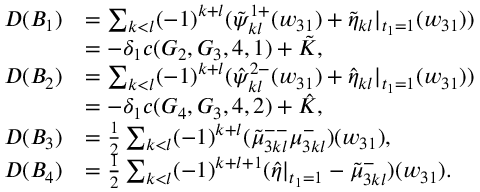
\begin{array} { r l } { D ( B _ { 1 } ) } & { = \sum _ { k < l } ( - 1 ) ^ { k + l } ( \tilde { \psi } _ { k l } ^ { 1 + } ( w _ { 3 1 } ) + \tilde { \eta } _ { k l } | _ { t _ { 1 } = 1 } ( w _ { 3 1 } ) ) } \\ & { = - \delta _ { 1 } c ( G _ { 2 } , G _ { 3 } , 4 , 1 ) + \tilde { K } , } \\ { D ( B _ { 2 } ) } & { = \sum _ { k < l } ( - 1 ) ^ { k + l } ( \hat { \psi } _ { k l } ^ { 2 - } ( w _ { 3 1 } ) + \hat { \eta } _ { k l } | _ { t _ { 1 } = 1 } ( w _ { 3 1 } ) ) } \\ & { = - \delta _ { 1 } c ( G _ { 4 } , G _ { 3 } , 4 , 2 ) + \hat { K } , } \\ { D ( B _ { 3 } ) } & { = \frac { 1 } { 2 } \sum _ { k < l } ( - 1 ) ^ { k + l } ( \tilde { \mu } _ { 3 k l } ^ { -- } \mu _ { 3 k l } ^ { - } ) ( w _ { 3 1 } ) , } \\ { D ( B _ { 4 } ) } & { = \frac { 1 } { 2 } \sum _ { k < l } ( - 1 ) ^ { k + l + 1 } ( \hat { \eta } | _ { t _ { 1 } = 1 } - \tilde { \mu } _ { 3 k l } ^ { - } ) ( w _ { 3 1 } ) . } \end{array}